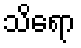
သိရော